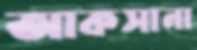
আকসানা